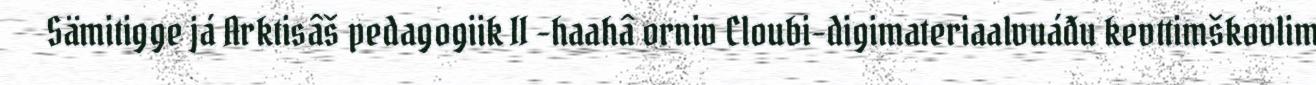
Sämitigge já Arktisâš pedagogiik II -haahâ orniv Cloubi-digimateriaalvuáđu kevttimškovlim